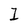
Character: 1